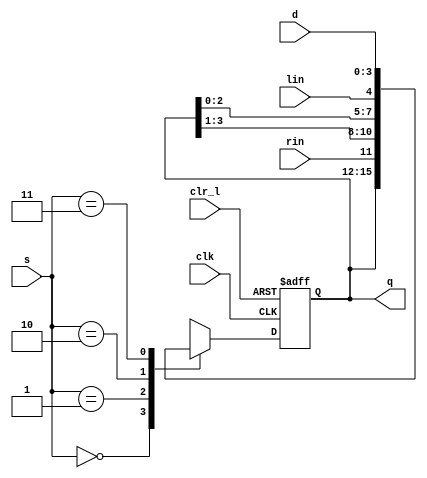
`timescale 1ns / 1ps
//////////////////////////////////////////////////////////////////////////////////
// Company: 
// Engineer: 
// 
// Design Name: 
// Module Name: shift_register
// Project Name: 
// Target Devices: 
// Tool Versions: 
// Description: 
// 
// Dependencies: 
// 
// Revision:
// Revision 0.01 - File Created
// Additional Comments:
// 
//////////////////////////////////////////////////////////////////////////////////


module shift_register(
    input clk,
    input clr_l,
    input [1:0] s,
    input [3:0] d,
    input lin,
    input rin,
    output reg [3:0] q = 4'b0000
    );
always @(posedge clk or negedge clr_l)
    if (clr_l == 0) q <= 0;
    else 
        case(s)
            0: q <= q;
            1: q <= {rin, q[3:1]};
            2: q <= {q[2:0], lin};
            3: q <= d;
            default: q <= 4'bx;
        endcase
endmodule